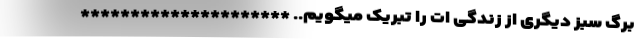
برگ سبز دیگری از زندگی ات را تبریک میگویم.. *********************